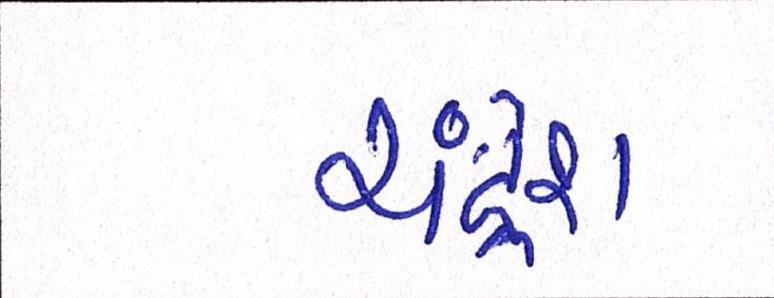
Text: ચંદ્રેશ